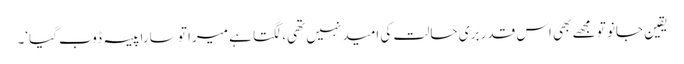
یقین جانو تو مجھے بھی اس قدر بری حالت کی امید نہیں تھی، لگتا ہے میرا تو سارا پیسہ ڈوب گیا‘۔